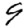
Digit: 9